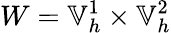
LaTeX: W=\mathbb{V}_{h}^{1}\times\mathbb{V}_{h}^{2}